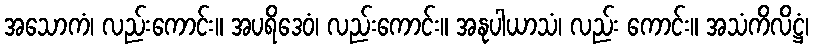
အသောကံ၊ လည်းကောင်း။ အပရိဒေဝံ၊ လည်းကောင်း။ အနုပါယာသံ၊ လည်း ကောင်း။ အသံကိလိဋ္ဌံ၊